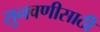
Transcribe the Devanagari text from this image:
सुनवणीसाठी